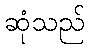
ဆုံသည်